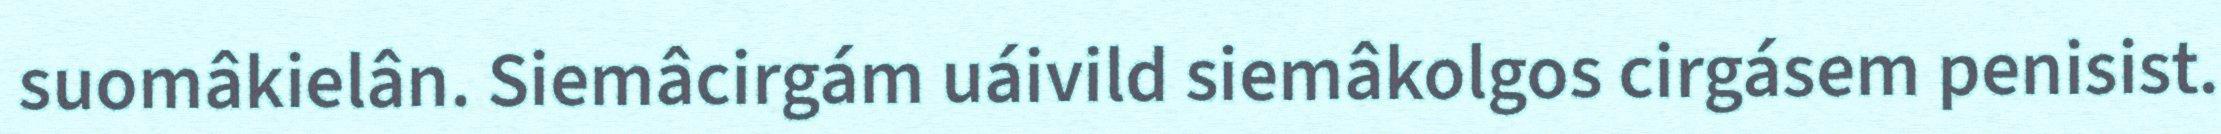
suomâkielân. Siemâcirgám uáivild siemâkolgos cirgásem penisist.